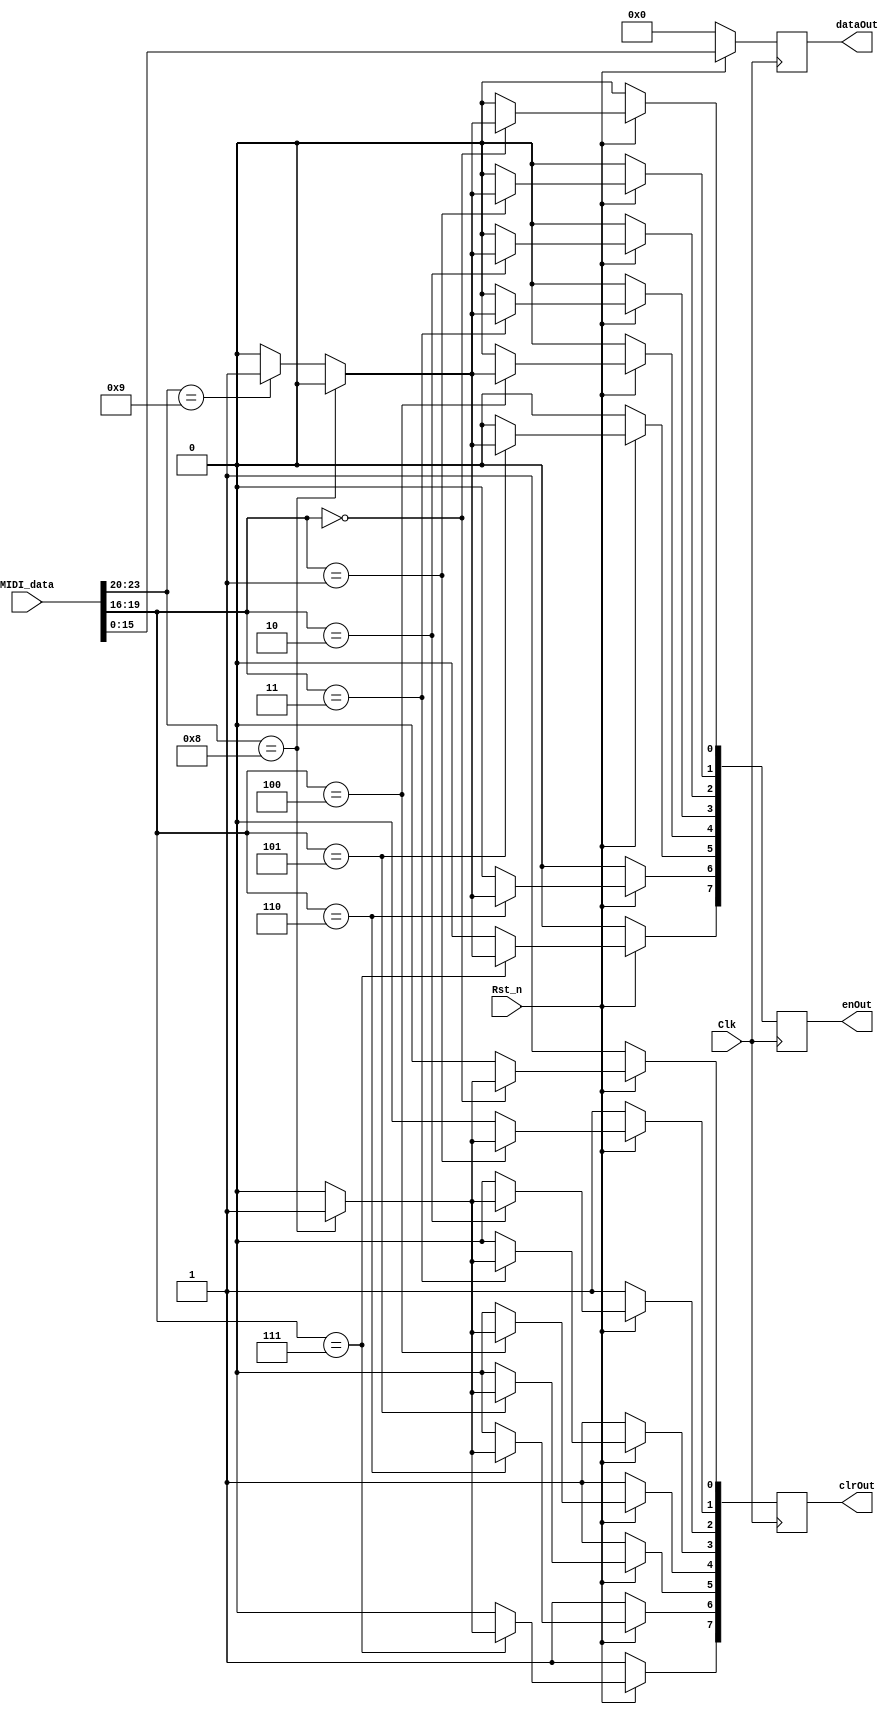
// This program was cloned from: https://github.com/jzkmath/MIDI-Stepper-Synth-V2
// License: GNU General Public License v3.0

/*
MIDI_dataRouter by Jonathan Kayne, February 2019
NNNNCCCC PPPPPPPP VVVVVVVV
*/

module MIDI_dataRouter(MIDI_data, Clk, Rst_n, dataOut, clrOut, enOut);
	input [23:0] MIDI_data;
	input Clk, Rst_n;
	output reg [15:0] dataOut;
	output reg [7:0] clrOut, enOut;
	reg Invalid;
	
	always @ (negedge Clk)
	begin
		if (Rst_n == 0) //clear registers if reset is pressed
		begin
			dataOut <= 16'b0;
			clrOut <= 8'hFF;
			enOut <= 8'b0;
		end
		else
		begin
		
		dataOut <= MIDI_data[15:0]; //transfer note and velocity to output bus
		
		enOut <= 8'b0;
		clrOut <= 8'b0;
		
		//depending on the channel, either enable or clear the register depending on the note on or off command
		case (MIDI_data[19:16])
			4'b0000: 
			if (MIDI_data[23:20] == 4'b1000)
			begin
				clrOut[0] <= 1'b1;
			end
			else if (MIDI_data[23:20] == 4'b1001)
			begin
				enOut[0] <= 1'b1;
			end
			4'b0001: 
			if (MIDI_data[23:20] == 4'b1000)
			begin
				clrOut[1] <= 1'b1;
			end
			else if (MIDI_data[23:20] == 4'b1001)
			begin
				enOut[1] <= 1'b1;
			end
			4'b0010:
			if (MIDI_data[23:20] == 4'b1000)
			begin
				clrOut[2] <= 1'b1;
			end
			else if (MIDI_data[23:20] == 4'b1001)
			begin
				enOut[2] <= 1'b1;
			end
			4'b0011:
			if (MIDI_data[23:20] == 4'b1000)
			begin
				clrOut[3] <= 1'b1;
			end
			else if (MIDI_data[23:20] == 4'b1001)
			begin
				enOut[3] <= 1'b1;
			end
			4'b0100:
			if (MIDI_data[23:20] == 4'b1000)
			begin
				clrOut[4] <= 1'b1;
			end
			else if (MIDI_data[23:20] == 4'b1001)
			begin
				enOut[4] <= 1'b1;
			end
			4'b0101:
			if (MIDI_data[23:20] == 4'b1000)
			begin
				clrOut[5] <= 1'b1;
			end
			else if (MIDI_data[23:20] == 4'b1001)
			begin
				enOut[5] <= 1'b1;
			end
			4'b0110:
			if (MIDI_data[23:20] == 4'b1000)
			begin
				clrOut[6] <= 1'b1;
			end
			else if (MIDI_data[23:20] == 4'b1001)
			begin
				enOut[6] <= 1'b1;
			end
			4'b0111:
			if (MIDI_data[23:20] == 4'b1000)
			begin
				clrOut[7] <= 1'b1;
			end
			else if (MIDI_data[23:20] == 4'b1001)
			begin
				enOut[7] <= 1'b1;
			end
			default Invalid <= 1'bx;
		endcase
		end
	end
	
endmodule